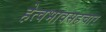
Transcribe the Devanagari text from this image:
हेत्वभावसहचार